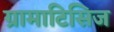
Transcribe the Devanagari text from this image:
ग्रामाटिसिज